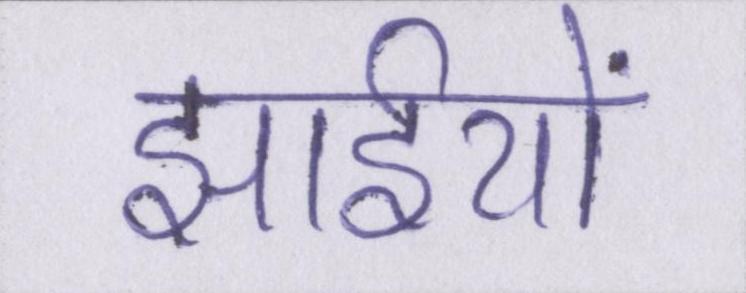
झाईयों